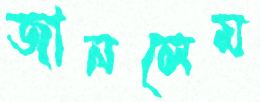
জানলেম